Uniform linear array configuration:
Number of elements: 64
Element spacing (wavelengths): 0.5
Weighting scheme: cosine
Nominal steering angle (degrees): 0
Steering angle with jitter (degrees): -1.987
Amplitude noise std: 0.05
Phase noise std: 0.05

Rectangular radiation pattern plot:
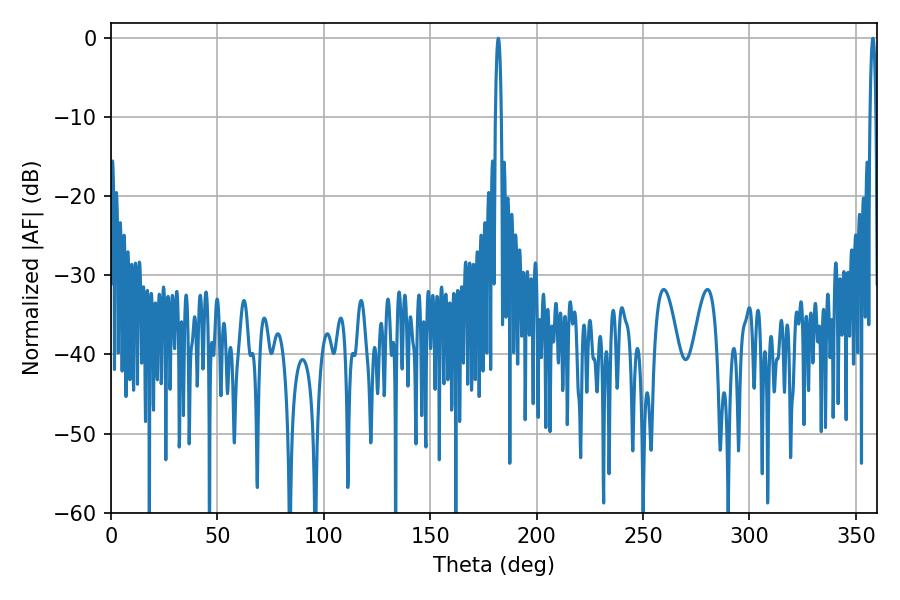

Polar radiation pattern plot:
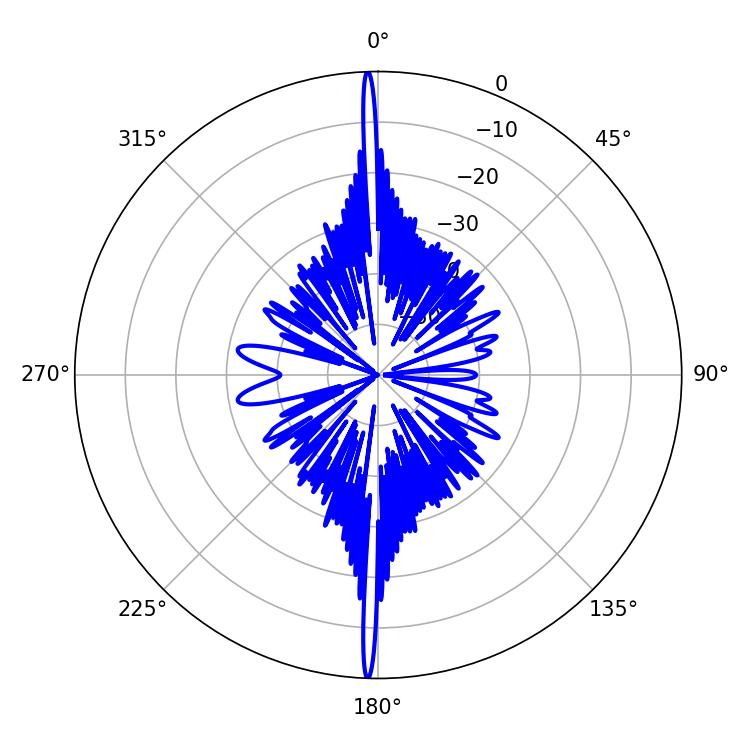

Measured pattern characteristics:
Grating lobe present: FALSE
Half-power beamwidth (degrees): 1.44
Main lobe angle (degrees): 181.98